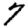
Digit: 7